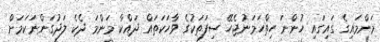
މަންމައިގެ ގައިގައި ހުންނަ ހިތްހަމަނުޖެހޭ ސިފަތަކުގެ ވާހަކަތައް ދައްކާ މަންމަ ދެކެ ލަދުގަންނަކަމަށް